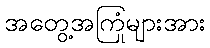
အတွေ့အကြုံများအား